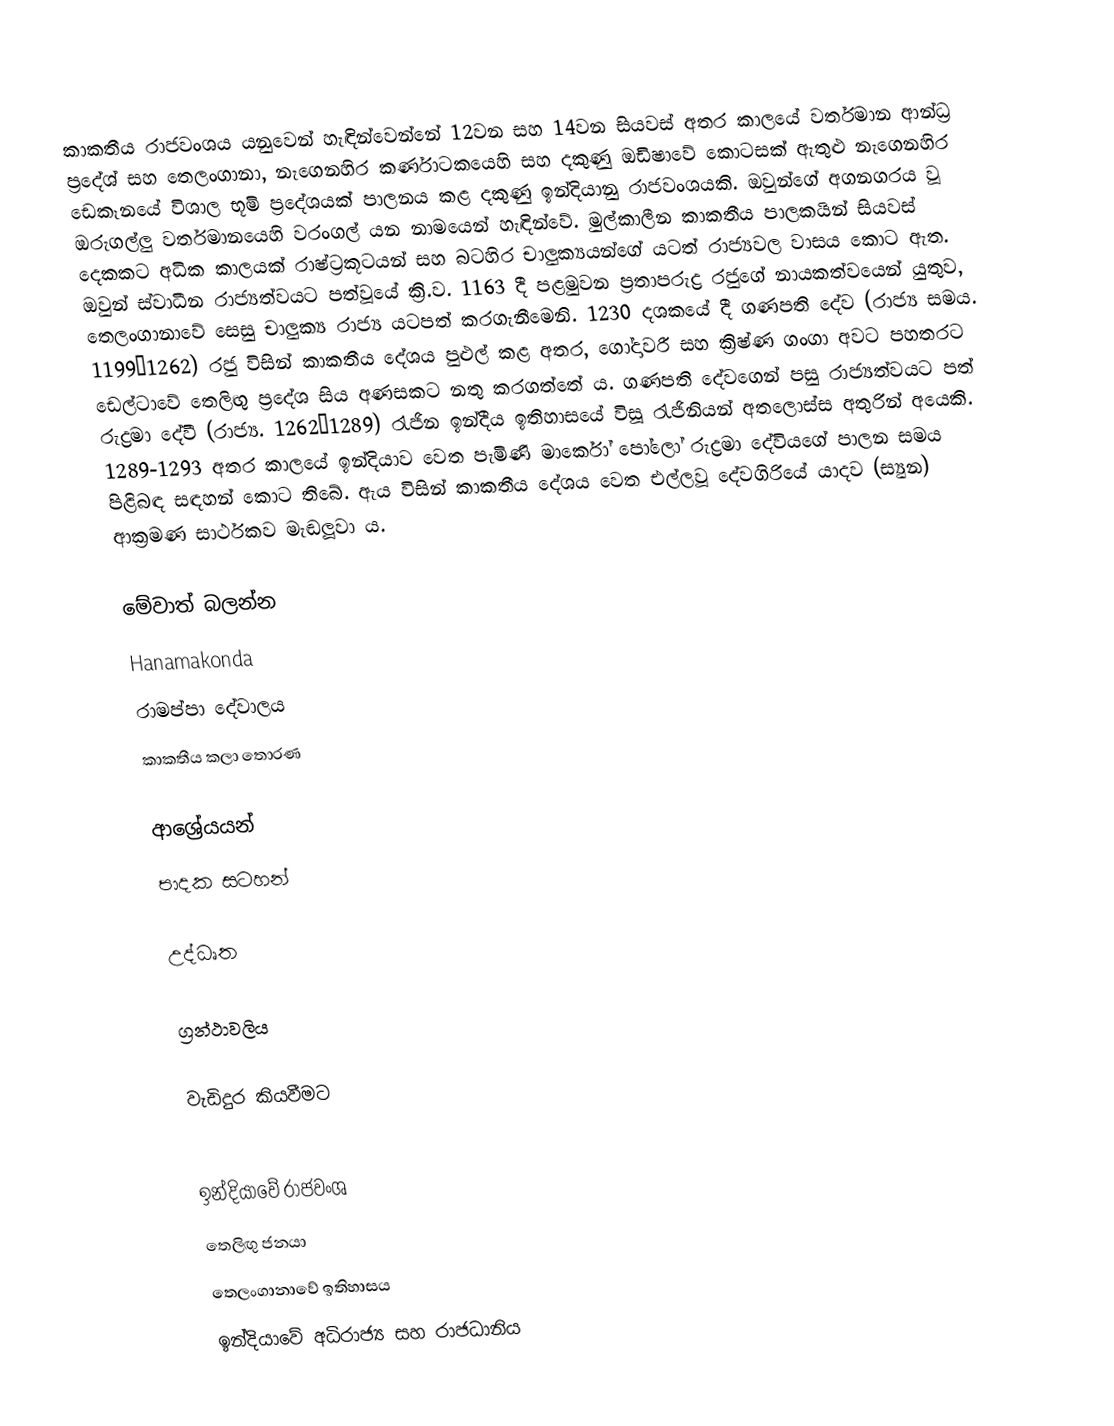
කාකතීය රාජවංශය යනුවෙන් හැඳින්වෙන්නේ 12වන සහ 14වන සියවස් අතර කාලයේ වර්තමාන ආන්ධ්‍ර ප්‍රදේශ් සහ තෙලංගානා, නැගෙනහිර කර්ණාටකයෙහි සහ දකුණු ඔඩිෂාවේ කොටසක් ඇතුළු නැගෙනහිර ඩෙකෑනයේ විශාල භූමි ප්‍රදේශයක් පාලනය කළ දකුණු ඉන්දියානු රාජවංශයකි. ඔවුන්ගේ අගනගරය වූ ඔරුගල්ලු වර්තමානයෙහි වරංගල් යන නාමයෙන් හැඳින්වේ. මුල්කාලීන කාකතීය පාලකයින් සියවස් දෙකකට අධික කාලයක් රාෂ්ට්‍රකූටයන් සහ බටහිර චාලුක්‍යයන්ගේ යටත් රාජ්‍යවල වාසය කොට ඇත. ඔවුන් ස්වාධීන රාජ්‍යත්වයට පත්වූයේ  ක්‍රි.ව. 1163 දී පළමුවන ප්‍රතාපරුද්‍ර රජුගේ නායකත්වයෙන් යුතුව, තෙලංගානාවේ සෙසු චාලුක්‍ය රාජ්‍ය යටපත් කරගැනීමෙනි. 1230 දශකයේ දී ගණපති දේව (රාජ්‍ය සමය. 1199–1262) රජු විසින් කාකතීය දේශය පුළුල් කළ අතර, ගෝදාවරී සහ ක්‍රිෂ්ණ ගංගා අවට පහතරට ඩෙල්ටාවේ තෙලිඟු ප්‍රදේශ සිය අණසකට නතු කරගත්තේ ය. ගණපති දේවගෙන් පසු රාජ්‍යත්වයට පත් රුද්‍රමා දේවී (රාජ්‍ය. 1262–1289) රැජින ඉන්දීය ඉතිහාසයේ විසූ රැජිනියන් අතලොස්ස අතුරින් අයෙකි. 1289-1293 අතර කාලයේ ඉන්දියාව වෙත පැමිණි මාර්කෝ පෝලෝ රුද්‍රමා දේවියගේ පාලන සමය පිළිබඳ සඳහන් කොට තිබේ. ඇය විසින් කාකතීය දේශය වෙත එල්ලවූ දේවගිරියේ යාදව (ස්‍යුන) ආක්‍රමණ සාර්ථකව මැඬලූවා ය.

මේවාත් බලන්න
Hanamakonda
රාමප්පා දේවාලය
කාකතීය කලා තොරණ

ආශ්‍රේයයන්
පාදක සටහන්

උද්ධෘත

ග්‍රන්ථාවලිය

වැඩිදුර කියවීමට

ඉන්දියාවේ රාජවංශ
තෙලිඟු ජනයා
තෙලංගානාවේ ඉතිහාසය
ඉන්දියාවේ අධිරාජ්‍ය සහ රාජධානිය